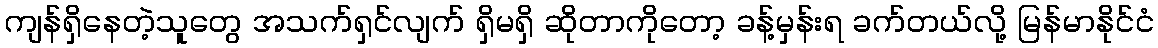
ကျန်ရှိနေတဲ့သူတွေ အသက်ရှင်လျက် ရှိမရှိ ဆိုတာကိုတော့ ခန့်မှန်းရ ခက်တယ်လို့ မြန်မာနိုင်ငံ